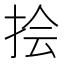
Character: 𪭯